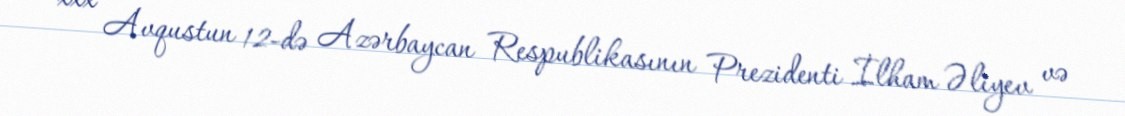
xxx Avqustun 12-də Azərbaycan Respublikasının Prezidenti İlham Əliyev və